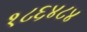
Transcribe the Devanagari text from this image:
१८६४८४